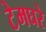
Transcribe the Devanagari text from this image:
टेमघरे